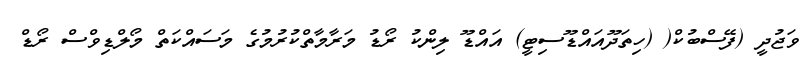
ވަޖުދީ (ފޭސްބުކް( (ހިތަދޫއައްޑޫސިޓީ) އައްޑޫ ލިންކު ރޯޑު މަރާމާތްކުރުމުގެ މަސައްކަތް މޯލްޑިވްސް ރޯޑް